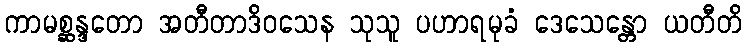
ကာမစ္ဆန္ဒတော အတီတာဒိဝသေန သုသူ ပဟာရမုခံ ဒေသေန္တော ယတီတိ